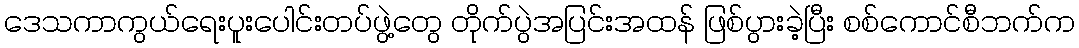
ဒေသကာကွယ်ရေးပူးပေါင်းတပ်ဖွဲ့တွေ တိုက်ပွဲအပြင်းအထန် ဖြစ်ပွားခဲ့ပြီး စစ်ကောင်စီဘက်က